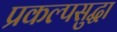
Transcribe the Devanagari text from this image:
प्रकल्पसुद्धा